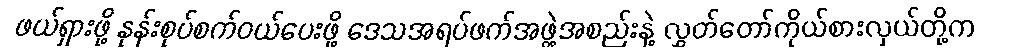
ဖယ်ရှားဖို့ နုန်းစုပ်စက်ဝယ်ပေးဖို့ ဒေသအရပ်ဖက်အဖွဲ့အစည်းနဲ့ လွှတ်တော်ကိုယ်စားလှယ်တို့က